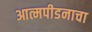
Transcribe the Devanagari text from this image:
आत्मपीडनाचा